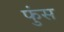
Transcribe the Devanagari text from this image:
फुंस